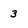
Character: 3